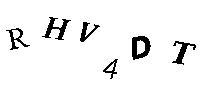
RHV4DT